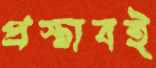
প্রস্তাবই